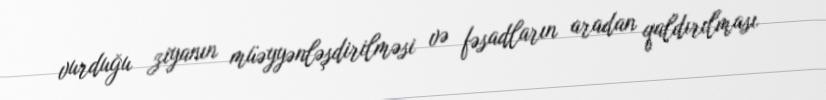
vurduğu ziyanın müəyyənləşdirilməsi və fəsadların aradan qaldırılması